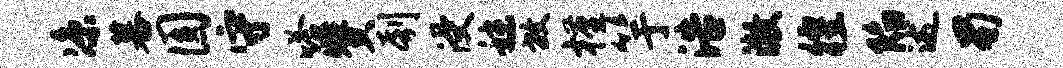
凉暮圆守嗒赞刳浸秣放槿竽浩澈徨陷述蜀